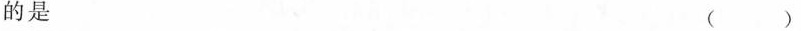
的是 ( )